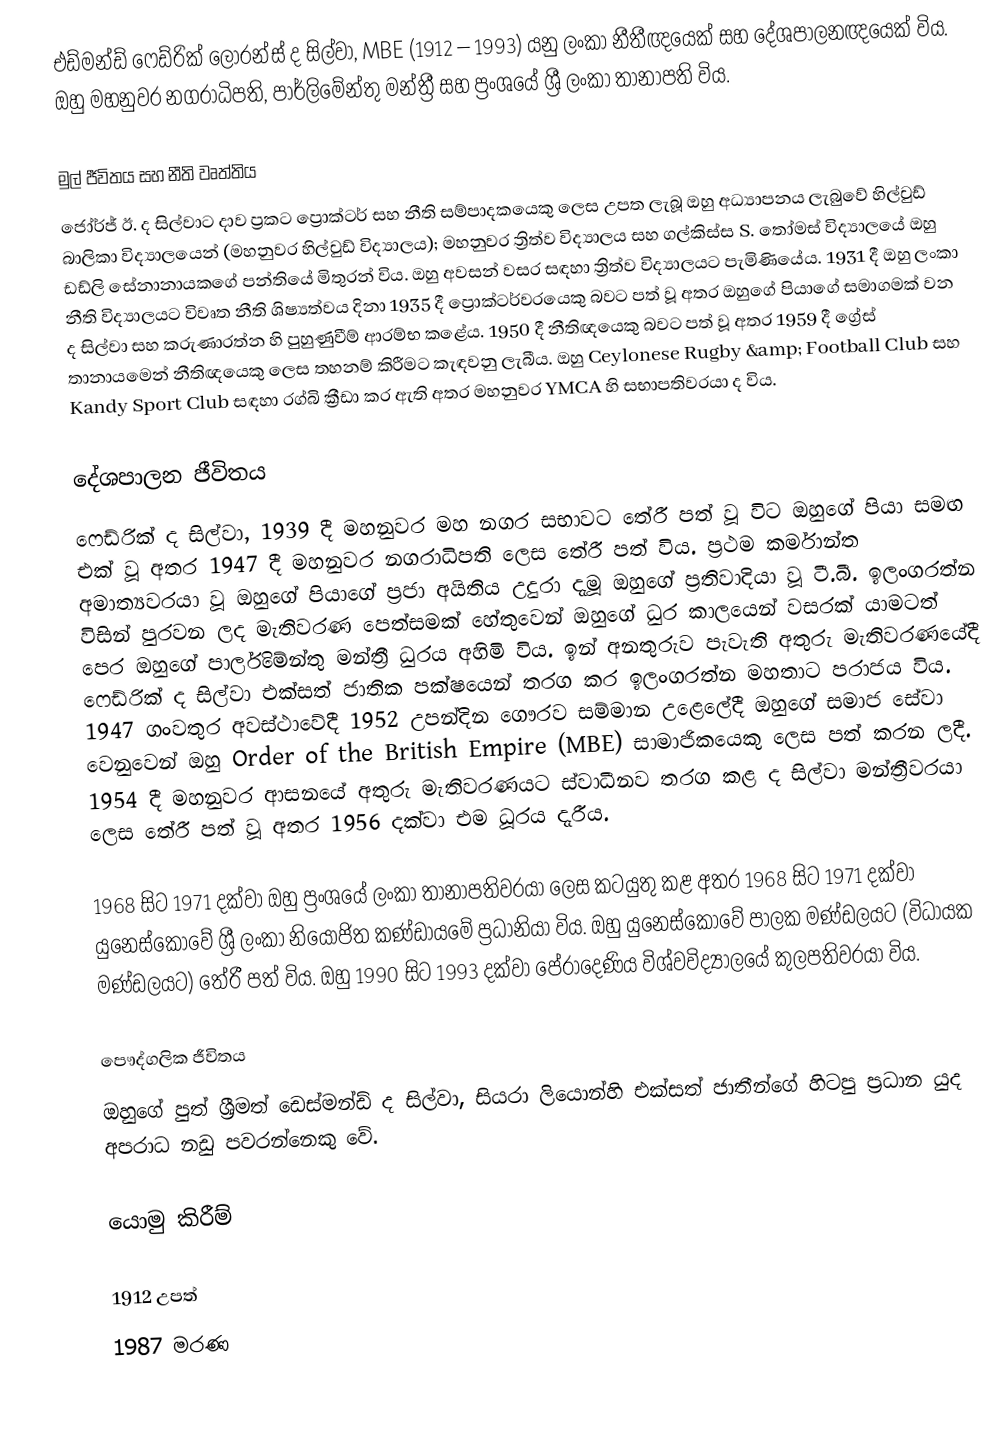
එඩ්මන්ඩ් ෆෙඩ්රික් ලොරන්ස් ද සිල්වා, MBE (1912 – 1993) යනු ලංකා නීතීඥයෙක් සහ දේශපාලනඥයෙක් විය. ඔහු මහනුවර නගරාධිපති, පාර්ලිමේන්තු මන්ත්‍රී සහ ප්‍රංශයේ ශ්‍රී ලංකා තානාපති විය.

මුල් ජීවිතය සහ නීති වෘත්තිය
ජෝර්ජ් ඊ. ද සිල්වාට දාව ප්‍රකට ප්‍රොක්ටර් සහ නීති සම්පාදකයෙකු ලෙස උපත ලැබූ ඔහු අධ්‍යාපනය ලැබුවේ හිල්වුඩ් බාලිකා විද්‍යාලයෙන් (මහනුවර හිල්වුඩ් විද්‍යාලය); මහනුවර ත්‍රිත්ව විද්‍යාලය සහ ගල්කිස්ස S. තෝමස් විද්‍යාලයේ ඔහු ඩඩ්ලි සේනානායකගේ පන්තියේ මිතුරන් විය. ඔහු අවසන් වසර සඳහා ත්‍රිත්ව විද්‍යාලයට පැමිණියේය. 1931 දී ඔහු ලංකා නීති විද්‍යාලයට විවෘත නීති ශිෂ්‍යත්වය දිනා 1935 දී ප්‍රොක්ටර්වරයෙකු බවට පත් වූ අතර ඔහුගේ පියාගේ සමාගමක් වන ද සිල්වා සහ කරුණාරත්න හි පුහුණුවීම් ආරම්භ කළේය. 1950 දී නීතිඥයෙකු බවට පත් වූ අතර 1959 දී ග්‍රේස් තානායමෙන් නීතිඥයෙකු ලෙස තහනම් කිරීමට කැඳවනු ලැබීය. ඔහු Ceylonese Rugby &amp; Football Club සහ Kandy Sport Club සඳහා රග්බි  ක්‍රීඩා කර ඇති අතර මහනුවර YMCA හි සභාපතිවරයා ද විය.

දේශපාලන ජීවිතය
ෆෙඩ්රික් ද සිල්වා, 1939 දී මහනුවර මහ නගර සභාවට තේරී පත් වූ විට ඔහුගේ පියා සමඟ එක් වූ අතර 1947 දී මහනුවර නගරාධිපති ලෙස තේරී පත් විය. ප්‍රථම කර්මාන්ත අමාත්‍යවරයා වූ ඔහුගේ පියාගේ ප්‍රජා අයිතිය උදුරා දැමූ ඔහුගේ ප්‍රතිවාදියා වූ ටී.බී. ඉලංගරත්න විසින් පුරවන ලද මැතිවරණ පෙත්සමක් හේතුවෙන් ඔහුගේ ධුර කාලයෙන් වසරක් යාමටත් පෙර ඔහුගේ පාර්ලිමේන්තු මන්ත්‍රී ධුරය අහිමි විය. ඉන් අනතුරුව පැවැති අතුරු මැතිවරණයේදී ෆෙඩ්රික් ද සිල්වා එක්සත් ජාතික පක්ෂයෙන් තරග කර ඉලංගරත්න මහතාට පරාජය විය. 1947 ගංවතුර අවස්ථාවේදී 1952 උපන්දින ගෞරව සම්මාන උළෙලේදී ඔහුගේ සමාජ සේවා වෙනුවෙන් ඔහු Order of the British Empire (MBE) සාමාජිකයෙකු ලෙස පත් කරන ලදී. 1954 දී මහනුවර ආසනයේ අතුරු මැතිවරණයට ස්වාධීනව තරග කළ ද සිල්වා මන්ත්‍රීවරයා ලෙස තේරී පත් වූ අතර 1956 දක්වා එම ධූරය දැරීය.

1968 සිට 1971 දක්වා ඔහු ප්‍රංශයේ ලංකා තානාපතිවරයා ලෙස කටයුතු කළ අතර 1968 සිට 1971 දක්වා යුනෙස්කෝවේ ශ්‍රී ලංකා නියෝජිත කණ්ඩායමේ ප්‍රධානියා විය. ඔහු යුනෙස්කෝවේ පාලක මණ්ඩලයට (විධායක මණ්ඩලයට) තේරී පත් විය. ඔහු 1990 සිට 1993 දක්වා පේරාදෙණිය විශ්වවිද්‍යාලයේ කුලපතිවරයා විය.

පෞද්ගලික ජීවිතය
ඔහුගේ පුත් ශ්‍රීමත් ඩෙස්මන්ඩ් ද සිල්වා, සියරා ලියොන්හි එක්සත් ජාතීන්ගේ හිටපු ප්‍රධාන යුද අපරාධ නඩු පවරන්නෙකු වේ.

යොමු කිරීම්

1912 උපත්
1987 මරණ